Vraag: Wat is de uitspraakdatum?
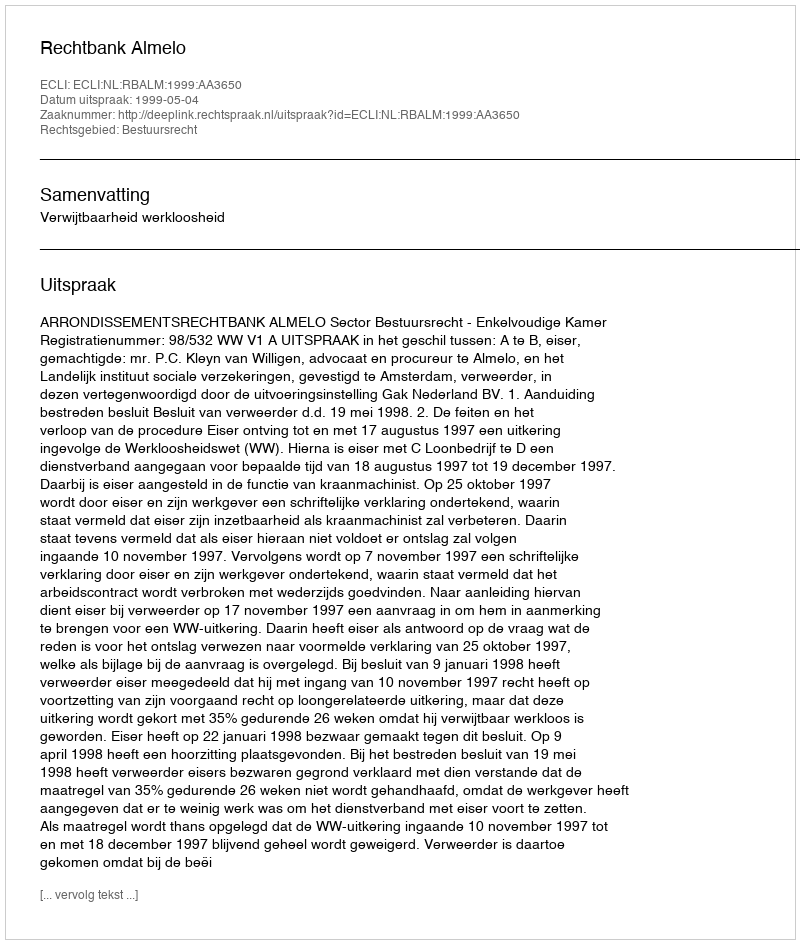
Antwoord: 1999-05-04